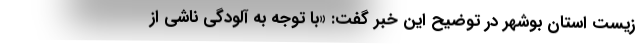
زیست استان بوشهر در توضیح این خبر گفت: «با توجه به آلودگی ناشی از